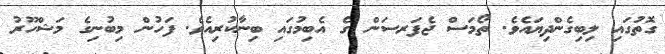
ގޮތުގައި ލިބިގެންދިޔައެވެ. ތޯމަސް ޖެފަރސަން ގެ އެބިމުގައި ބިނާކުރިއެވެ. ފަހުން މިބުނިގެ މަޝްހޫރު